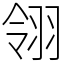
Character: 翎